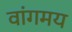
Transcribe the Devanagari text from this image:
वांगमय